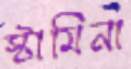
স্টামিনা